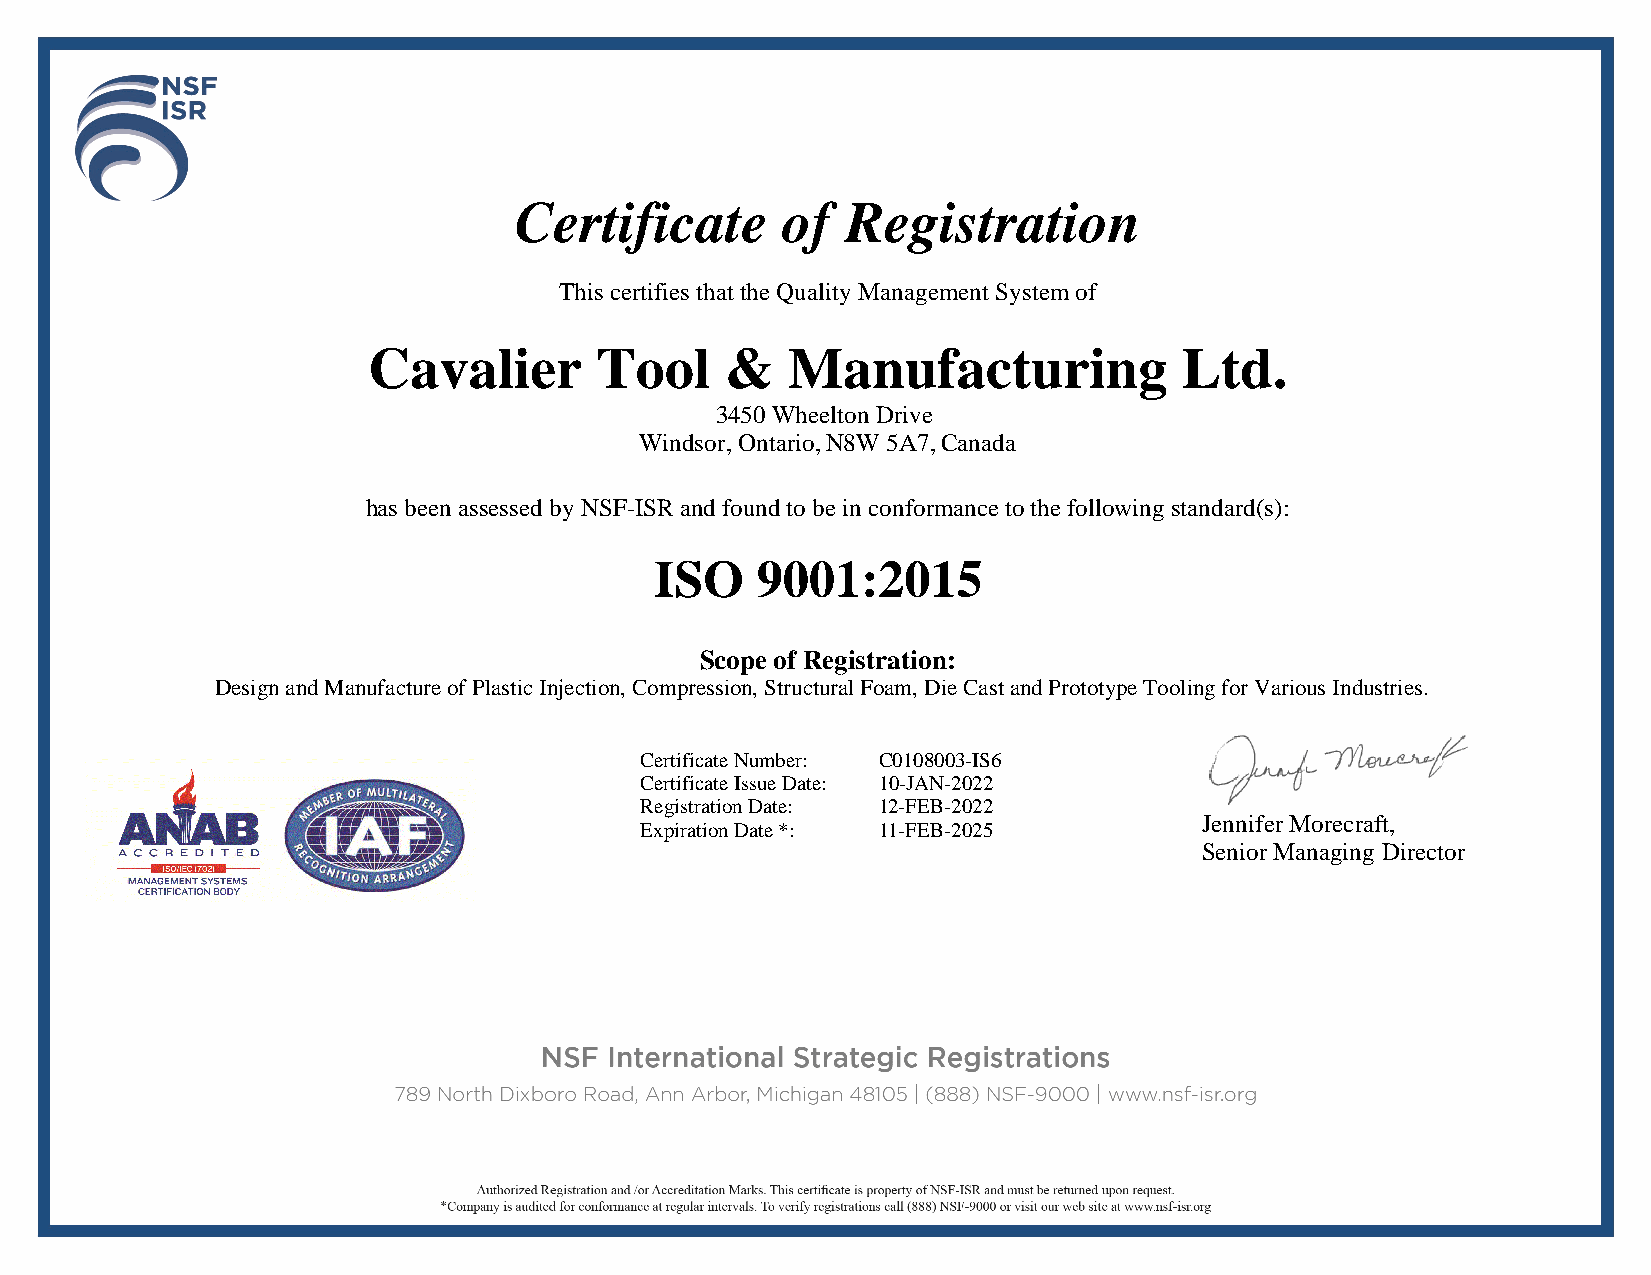
Certificate       of  Registration
 This certifies that the Quality Management System of
 Cavalier       Tool     &   Manufacturing             Ltd.
 3450 Wheelton Drive
 Windsor, Ontario, N8W 5A7, Canada
 has been assessed by NSF-ISR and found to be in conformance to the following standard(s):
 ISO    9001:2015
 Scope of Registration:
 Design and Manufacture of Plastic Injection, Compression, Structural Foam, Die Cast and Prototype Tooling for Various Industries.
 Certificate Number: C0108003-IS6
 Certificate Issue Date: 10-JAN-2022
 Registration Date: 12-FEB-2022
 Jennifer Morecraft,
 Expiration Date *: 11-FEB-2025
 Senior Managing Director